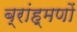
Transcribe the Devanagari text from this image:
ब्रांह्मणों